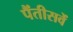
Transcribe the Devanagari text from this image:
पैंतीसवें